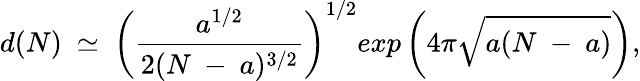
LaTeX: d(N)~\simeq~\left(\frac{a^{1/2}}{2(N~-~a)^{3/2}}\right)^{1/2}exp\left(4\pi{\sqrt{a(N~-~a)}}\right),